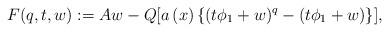
LaTeX: \begin{align*}F(q,t,w):=Aw-Q[a\left( x\right) \{(t\phi_{1}+w)^{q}-(t\phi_{1}+w)\}],\end{align*}